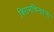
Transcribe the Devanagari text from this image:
विरामचिन्हांनी